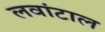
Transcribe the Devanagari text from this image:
लवांटाल